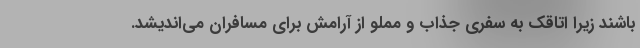
باشند زیرا اتاقک به سفری جذاب و مملو از آرامش برای مسافران می‌اندیشد.